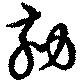
劾